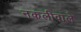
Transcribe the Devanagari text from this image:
नकलीवाले